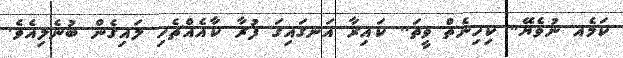
ކަމެއ ނުވެޔޭ.. ކިހިނެތް ވީތަ.. ކައިރާ އަނގައިގަ ފުރާ ކާއެއްޗެހި ލައިގެން ބުނެލިއެވެ.